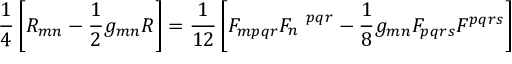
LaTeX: \frac { 1 } { 4 } \left[ R _ { m n } - \frac { 1 } { 2 } g _ { m n } R \right] = \frac { 1 } { 1 2 } \left[ F _ { m p q r } F _ { n } ^ { ~ ~ p q r } - \frac { 1 } { 8 } g _ { m n } F _ { p q r s } F ^ { p q r s } \right]